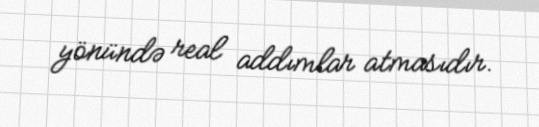
yönündə real addımlar atmasıdır.